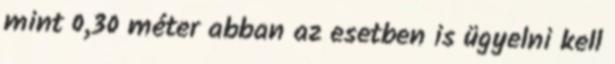
mint 0,30 méter abban az esetben is ügyelni kell